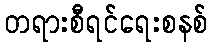
တရားစီရင်ရေးစနစ်